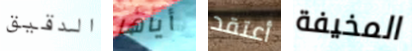
الدقيق أياها أعتقد المخيفة